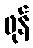
ဖုန်